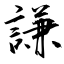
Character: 謙